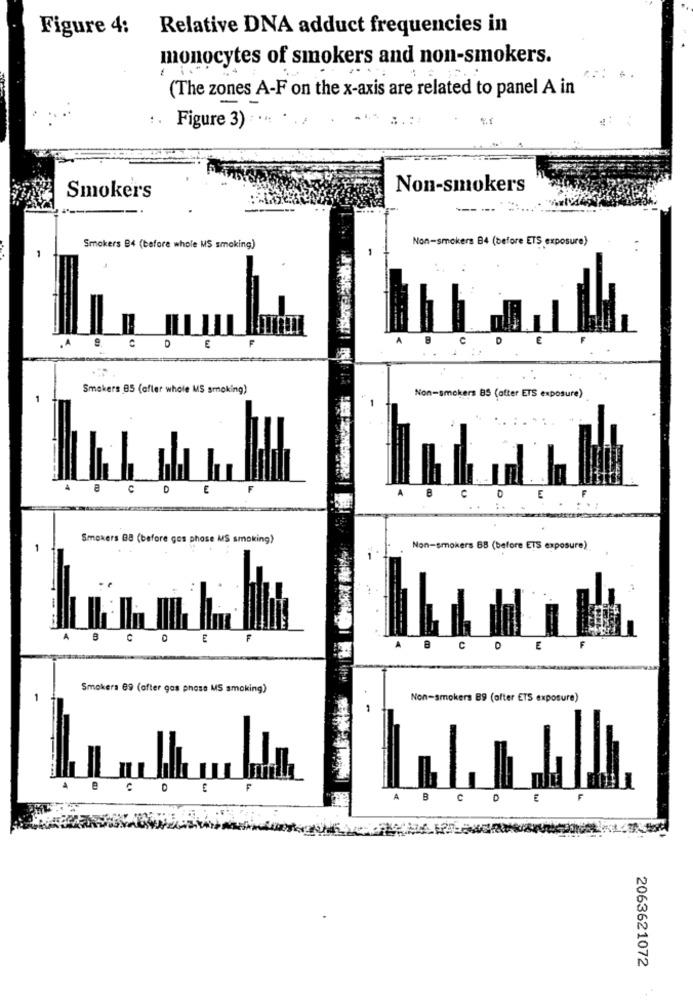
Figure 4:
Relative DNA adduct frequencies in
monocytes of smokers and non-smokers.
(The zones A-F on the x-axis are related to panel A in
Figure 3)
Smokers
Non-smokers
--- ---
Non-smokers 84 (before ETS exposure)
Smokers B4 (before whole MS smoking)
E
Smokers 85 (after whole MS smoking)
Non-smokers BS (after ETS exposure)
A
C
E
A
E
C
Smokers BB (before gos phose MS smoking)
Non-smokers 68 (before ETS exposure)
C
E
F
c
E
Smokers 89 (after gas phase MS smoking)
-
Non-smokers 89 (after ETS exposure)
A
B
C D
E
2063621072
..